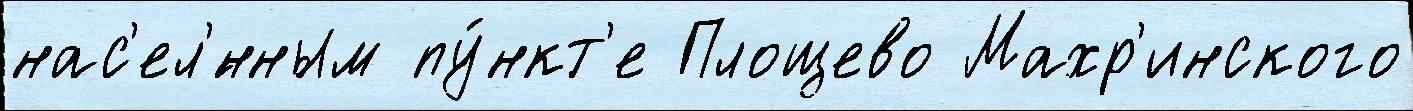
нас'ел'́нным пу́нкт'е Площево Махр'инского